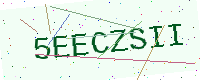
Text: 5EECZSII